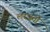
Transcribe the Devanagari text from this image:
लरजती